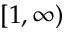
[ 1 , \infty )